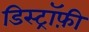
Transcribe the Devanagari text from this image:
डिस्ट्रॉफ़ी